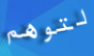
لتوهم